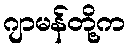
ဂျာမန်တို့က